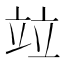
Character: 竝